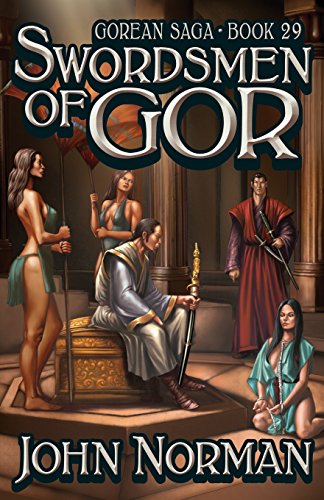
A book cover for Swordsmen of Gor (Gorean Saga); John Norman; Romance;